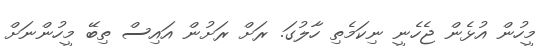
މީހުން އުޅެން ޖެހެނީ ނިކަމެތި ހާލުގަ. ރަށް ރަށުން އައިސް ތިބޭ މީހުންނަށް